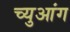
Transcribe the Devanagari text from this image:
च्युआंग